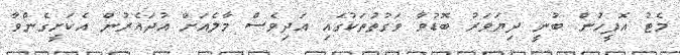
މެޓު އޮފީހުން ބުނީ ދިޔަވަރު ބޮޑުވާ ވަގުތުތަކުގައި އަދިވެސް މާލެއަށް އުދައެރުން އެކަށީގެންވާ